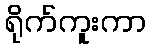
ရိုက်ကူးကာ